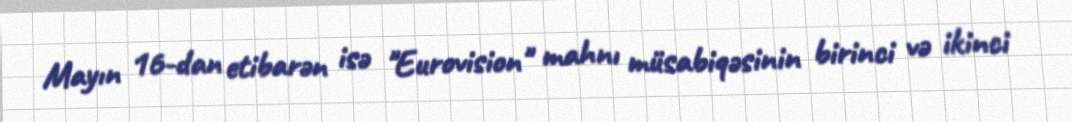
Mayın 16-dan etibarən isə "Eurovision" mahnı müsabiqəsinin birinci və ikinci